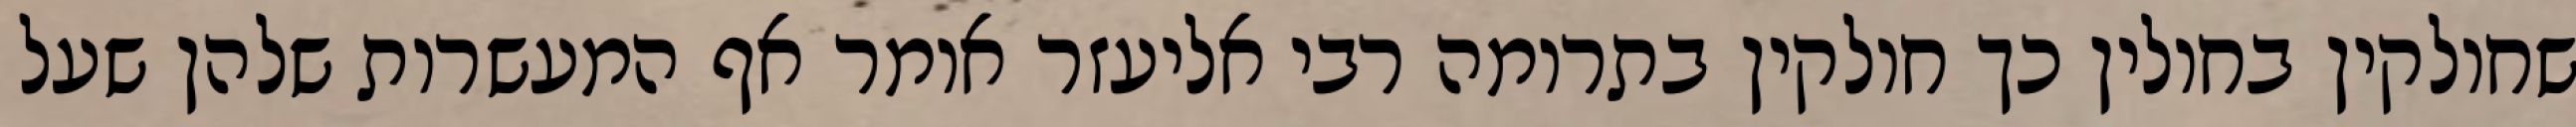
שחולקין בחולין כך חולקין בתרומה רבי אליעזר אומר אף המעשרות שלהן שעל